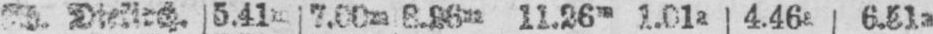
Diekirch. 5.41m 7.00m 8.26m 11.26m 1.01a 4.46t 6.51a